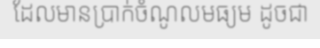
ដែលមានប្រាក់ចំណូលមធ្យម ដូចជា